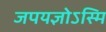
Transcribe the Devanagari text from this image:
जपयज्ञोऽस्मि